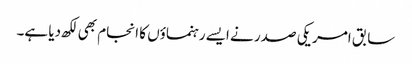
سابق امریکی صدر نے ایسے رہنماؤں کا انجام بھی لکھ دیا ہے۔